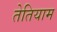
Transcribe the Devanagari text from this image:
तेतियाम